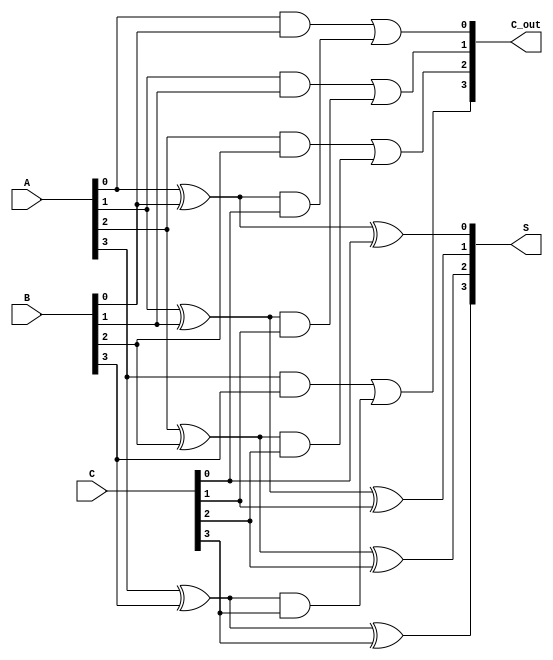
module DynamicCarrySaveAdder #(parameter n = 4) (
    input  [n-1:0] A,  // First input
    input  [n-1:0] B,  // Second input
    input  [n-1:0] C,  // Third input
    output [n-1:0] S,  // Sum output
    output [n-1:0] C_out // Carry output
);

    wire [n-1:0] sum1, sum2;
    wire [n-1:0] carry1, carry2;

    // First stage of adders
    genvar i;
    generate
        for (i = 0; i < n; i = i + 1) begin : first_stage
            // Full Adder for A and B
            assign sum1[i] = A[i] ^ B[i];
            assign carry1[i] = A[i] & B[i];
        end
    endgenerate

    generate
        for (i = 0; i < n; i = i + 1) begin : second_stage
            // Full Adder for sum1 and C
            assign sum2[i] = sum1[i] ^ C[i];
            assign carry2[i] = sum1[i] & C[i];
        end
    endgenerate

    // Final stage to combine carries
    generate
        for (i = 0; i < n-1; i = i + 1) begin : final_stage
            assign C_out[i] = carry1[i] | carry2[i];
        end
        assign C_out[n-1] = carry1[n-1] | carry2[n-1]; // Last carry
    endgenerate

    // Final sum output
    assign S = sum2;

endmodule